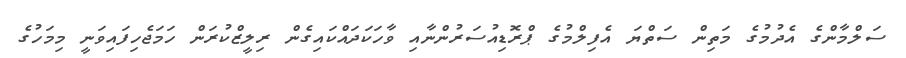
ސަލްމާންގެ އެދުމުގެ މަތިން ސަތްޔަ އެފިލްމުގެ ޕްރޮޑިއުސަރުންނާއި ވާހަކަދައްކައިގެން ރިލީޒްކުރަން ހަމަޖެހިފައިވަނީ މިމަހުގެ